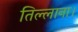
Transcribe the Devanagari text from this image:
तिल्लाना।